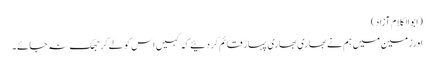
(ابوالکلام آزاد)
اورزمین میں ہم نے بھاری بھاری پہاڑ قائم کردئیے کہ کہیں اس کو لے کر جھک نہ جائے۔